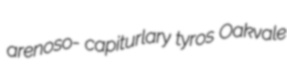
arenoso- capiturlary tyros Oakvale